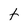
Character: t